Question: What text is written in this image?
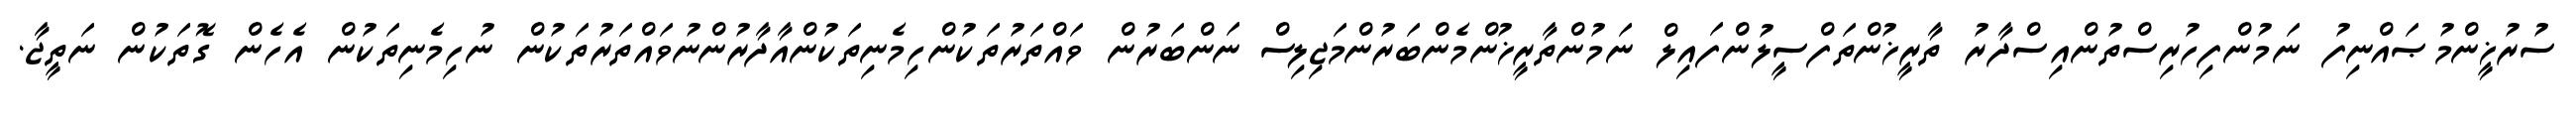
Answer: ސުރުޚީންމުޞައްނިފު ނަމުންފިހުރިސްތުންއިސްދާރު ތާރީޚުންތަފްސީލުންފައިލް ނަމުންތާރީޚުންމެންބަރުންމަޖިލިސް ނަންބަރުން ވައްތަރުތަކުންހިމެނިތަކުންއާދާރުންނުވައްތަރުތަކުން ނުހިމެނިތަކުން އެހެން ގޮތަކުން ނަތީޖާ.